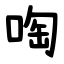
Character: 啕